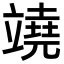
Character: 𥪯